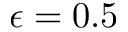
\epsilon = 0 . 5